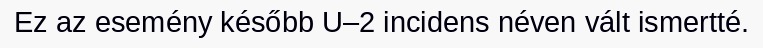
Ez az esemény később U–2 incidens néven vált ismertté.